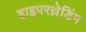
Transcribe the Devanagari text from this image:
हाइपरथ्रेडिंग